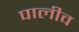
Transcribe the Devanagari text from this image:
पालीव